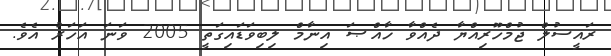
ރައީސުލް ޖުމްހޫރިއްޔާ ދެއްވާ ޚާއްޞަ އިނާމް ލިބިވަޑައިގަތީ 2005 ވަނަ އަހަރު އެވެ.